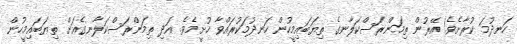
ހަނދުމަ ކުރާށެވެ! އޭރުން ތިމަންރަސްކަލާނގެ ތިޔަބައިމީހުން ހަނދުމަކުރައްވާ ހުށީމެވެ. އަދި ތިމަންރަސްކަލާނގެއަށް ތިޔަބައިމީހުން